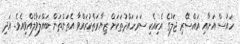
ހައުސް އަށާއި އައްސޭރި ޖަލުގެ އެކިއެކި ސަރަހައްދުތަކަށް ޒިޔާރަތްކުރައްވާ އެތަންތަން ބައްލަވާލެއްވިއެވެ. އަދި